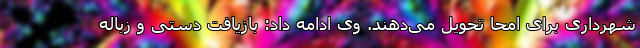
شهرداری برای امحا تحویل می‌دهند. وی ادامه داد: بازیافت دستی و زباله